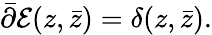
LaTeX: \bar{\partial}{\cal E}(z,\bar{z})=\delta(z,\bar{z}).